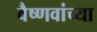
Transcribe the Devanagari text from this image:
वैष्णवांच्या